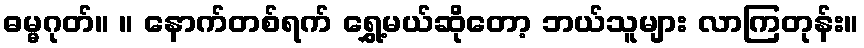
ဓမ္မဂုတ်။ ။ နောက်တစ်ရက် ရွှေ့မယ်ဆိုတော့ ဘယ်သူများ လာကြတုန်း။